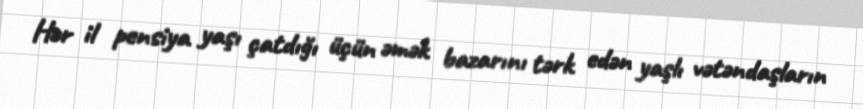
Hər il pensiya yaşı çatdığı üçün əmək bazarını tərk edən yaşlı vətəndaşların